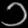
Digit: ၁